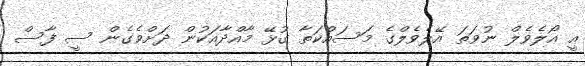
އީ އޯލެވެލް ނުވަތަ އޭލެވެލްގެ މަސައްކަތާ ގުޅޭ މާއްދާއަކުން ދަށްވެގެން ސީ ފާސް